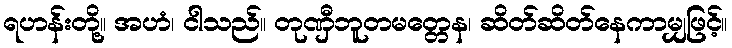
ရဟန်းတို့။ အဟံ၊ ငါသည်။ တုဏှီဘူတမတ္တေန၊ ဆိတ်ဆိတ်နေကာမျှဖြင့်။